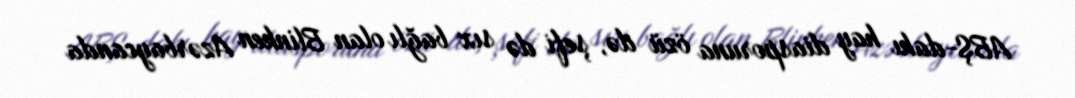
ABŞ-dakı hay diasporuna özü də, şefi də sıx bağlı olan Blinken Azərbaycanda